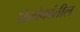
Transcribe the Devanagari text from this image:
त्रिलोकांतील